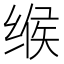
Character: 缑